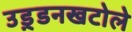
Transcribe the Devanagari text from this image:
उड़्डनखटोले